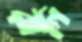
রাগি